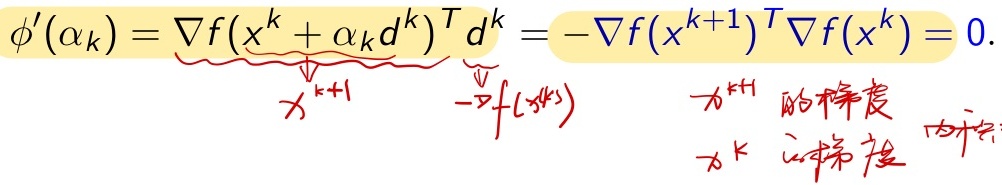
\(\phi'(\alpha_k)=\nabla f(x^{k}+\alpha_k d^{k})^T d^{k}=-\nabla f(x^{k + 1})^T\nabla f(x^{k}) = 0\) 。